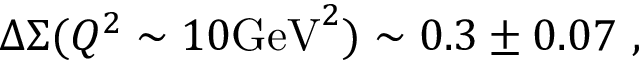
\Delta \Sigma ( Q ^ { 2 } \sim 1 0 \mathrm { G e V } ^ { 2 } ) \sim 0 . 3 \pm 0 . 0 7 \ ,